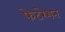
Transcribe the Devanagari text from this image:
फेटरेशन